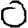
Digit: 0